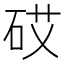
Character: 砹